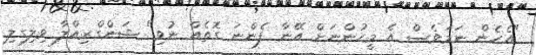
"އެހެން ނަމަވެސް އެ މީހުންނަށް އޭނާ ފެންނަ ގޮތެއް ނުވި" ޝަންގްރިއްލާ ވިލިގިލި